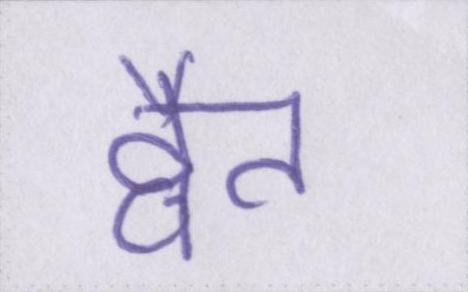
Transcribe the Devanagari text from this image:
द्वैत